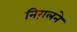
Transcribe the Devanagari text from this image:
निग़लने